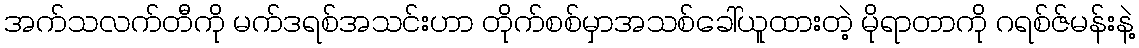
အက်သလက်တီကို မက်ဒရစ်အသင်းဟာ တိုက်စစ်မှာအသစ်ခေါ်ယူထားတဲ့ မိုရာတာကို ဂရစ်ဇ်မန်းနဲ့